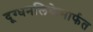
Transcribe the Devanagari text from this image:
दूग्धनलिकेमार्फत